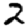
Digit: 2